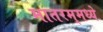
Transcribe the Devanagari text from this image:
मातरम्‌मध्ये